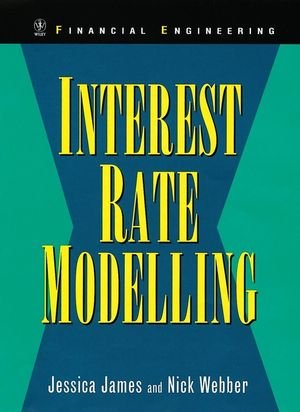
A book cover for Interest Rate Modelling: Financial Engineering; Jessica James; Business & Money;